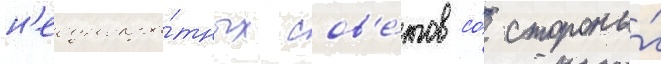
н'еоднокра́тных сов'е́тов со́ стороны́